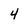
Character: 4